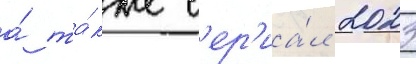
а́ та́кже с'ер'иа́л 2023